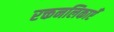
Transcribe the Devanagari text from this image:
रक्तनलिकाएँ